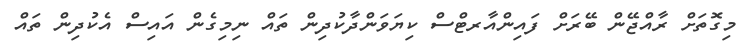
މިގޮތަށް ރާއްޖޭން ބޭރަށް ފައިންއާރޓްސް ކިޔަވަންދާކުދިން ތައް ނިމިގެން އައިސް އެކުދިން ތައް